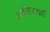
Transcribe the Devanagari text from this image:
अर्थशास्त्रज्ञों